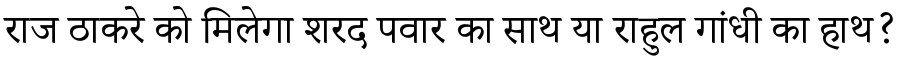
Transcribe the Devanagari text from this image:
राज ठाकरे को मिलेगा शरद पवार का साथ या राहुल गांधी का हाथ?